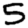
Digit: 5